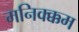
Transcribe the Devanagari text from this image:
मनिक्क्कम